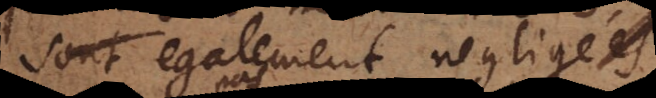
est egalement negligé